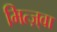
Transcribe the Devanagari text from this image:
मित्ज़्वा